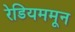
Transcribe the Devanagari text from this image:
रेडियममून